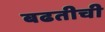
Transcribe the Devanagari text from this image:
बढतीची